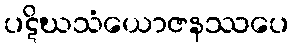
ပဋိဃသံယောဇနဿပေ